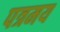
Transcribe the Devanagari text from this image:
पत्रमय